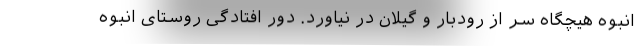
انبوه هیچگاه سر از رودبار و گیلان در نیاورد. دور افتادگی روستای انبوه